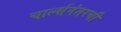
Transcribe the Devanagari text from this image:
चार्ल्सनंतरची